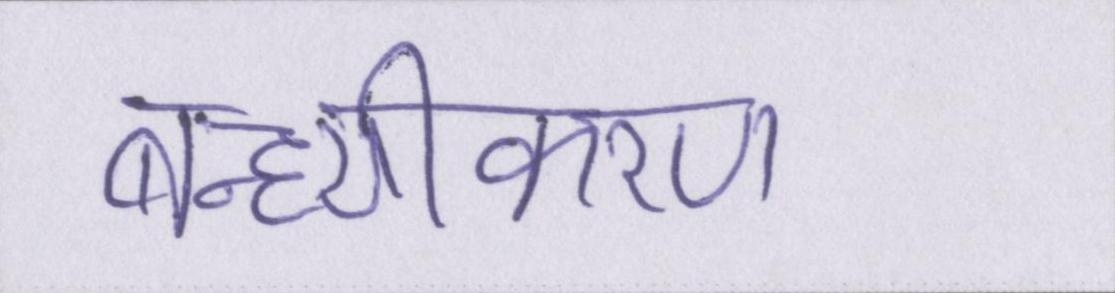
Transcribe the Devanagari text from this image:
बन्ध्यीकरण